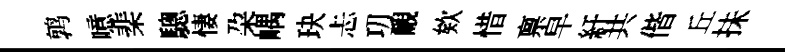
鹑噫棐驄悽朶嵎玦忐㓛覼欸惜禀皁紆共偕丘抺